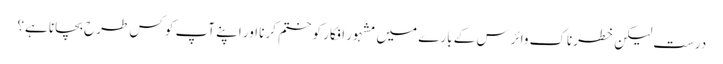
درست لیکن خطرناک وائرس کے بارے میں مشہور افکار کو ختم کرنا اور اپنے آپ کو کس طرح بچانا ہے؟